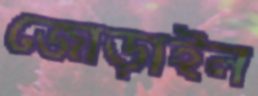
জোড়াইল